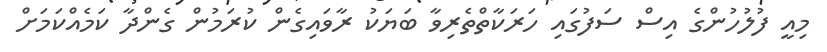
މިއީ ފުުލުުހުންގެ އިސް ސަފުގައި ހަރަކާތްތެރިވާ ބަޔަކު ރާވައިގެން ކުރަމުން ގެންދާ ކަމެއްކަމަށް